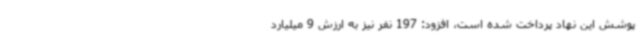
پوشش این نهاد پرداخت شده است، افزود: 197 نفر نیز به ارزش 9 میلیارد